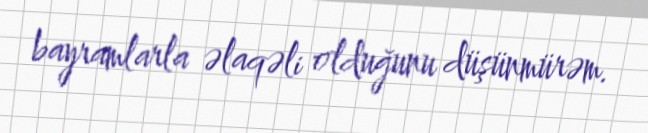
bayramlarla əlaqəli olduğunu düşünmürəm.